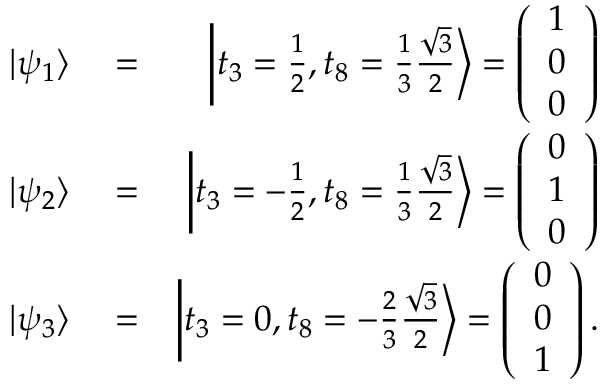
\begin{array} { r l r } { | \psi _ { 1 } \rangle } & { { } = } & { \left| t _ { 3 } = \frac { 1 } { 2 } , t _ { 8 } = \frac { 1 } { 3 } \frac { \sqrt { 3 } } { 2 } \right\rangle = \left( \begin{array} { l } { 1 } \\ { 0 } \\ { 0 } \end{array} \right) } \\ { | \psi _ { 2 } \rangle } & { { } = } & { \left| t _ { 3 } = - \frac { 1 } { 2 } , t _ { 8 } = \frac { 1 } { 3 } \frac { \sqrt { 3 } } { 2 } \right\rangle = \left( \begin{array} { l } { 0 } \\ { 1 } \\ { 0 } \end{array} \right) } \\ { | \psi _ { 3 } \rangle } & { { } = } & { \left| t _ { 3 } = 0 , t _ { 8 } = - \frac { 2 } { 3 } \frac { \sqrt { 3 } } { 2 } \right\rangle = \left( \begin{array} { l } { 0 } \\ { 0 } \\ { 1 } \end{array} \right) . } \end{array}